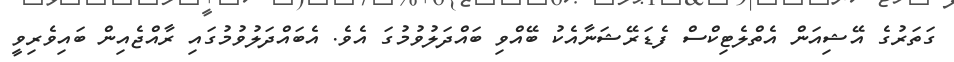
ގަތަރުގެ އޭޝިއަން އެތްލެޓިކްސް ފެޑަރޭޝަނާއެކު ބޭއްވި ބައްދަލުވުމުގަ އެވެ. އެބައްދަލުވުމުގައި ރާއްޖެއިން ބައިވެރިވީ